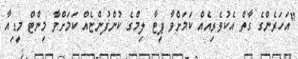
"އަހަރެންގެ ގާތް އެކުވެރިއެއް ކަމަށްވާ ޕީޓާ ލިމްގެ ކުންފުންޏެއް ކަމަށްވާ މިންޓް މީޑިއާ